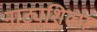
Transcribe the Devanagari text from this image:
नाट्यशिल्प